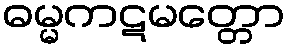
ဓမ္မကဋမတ္တော